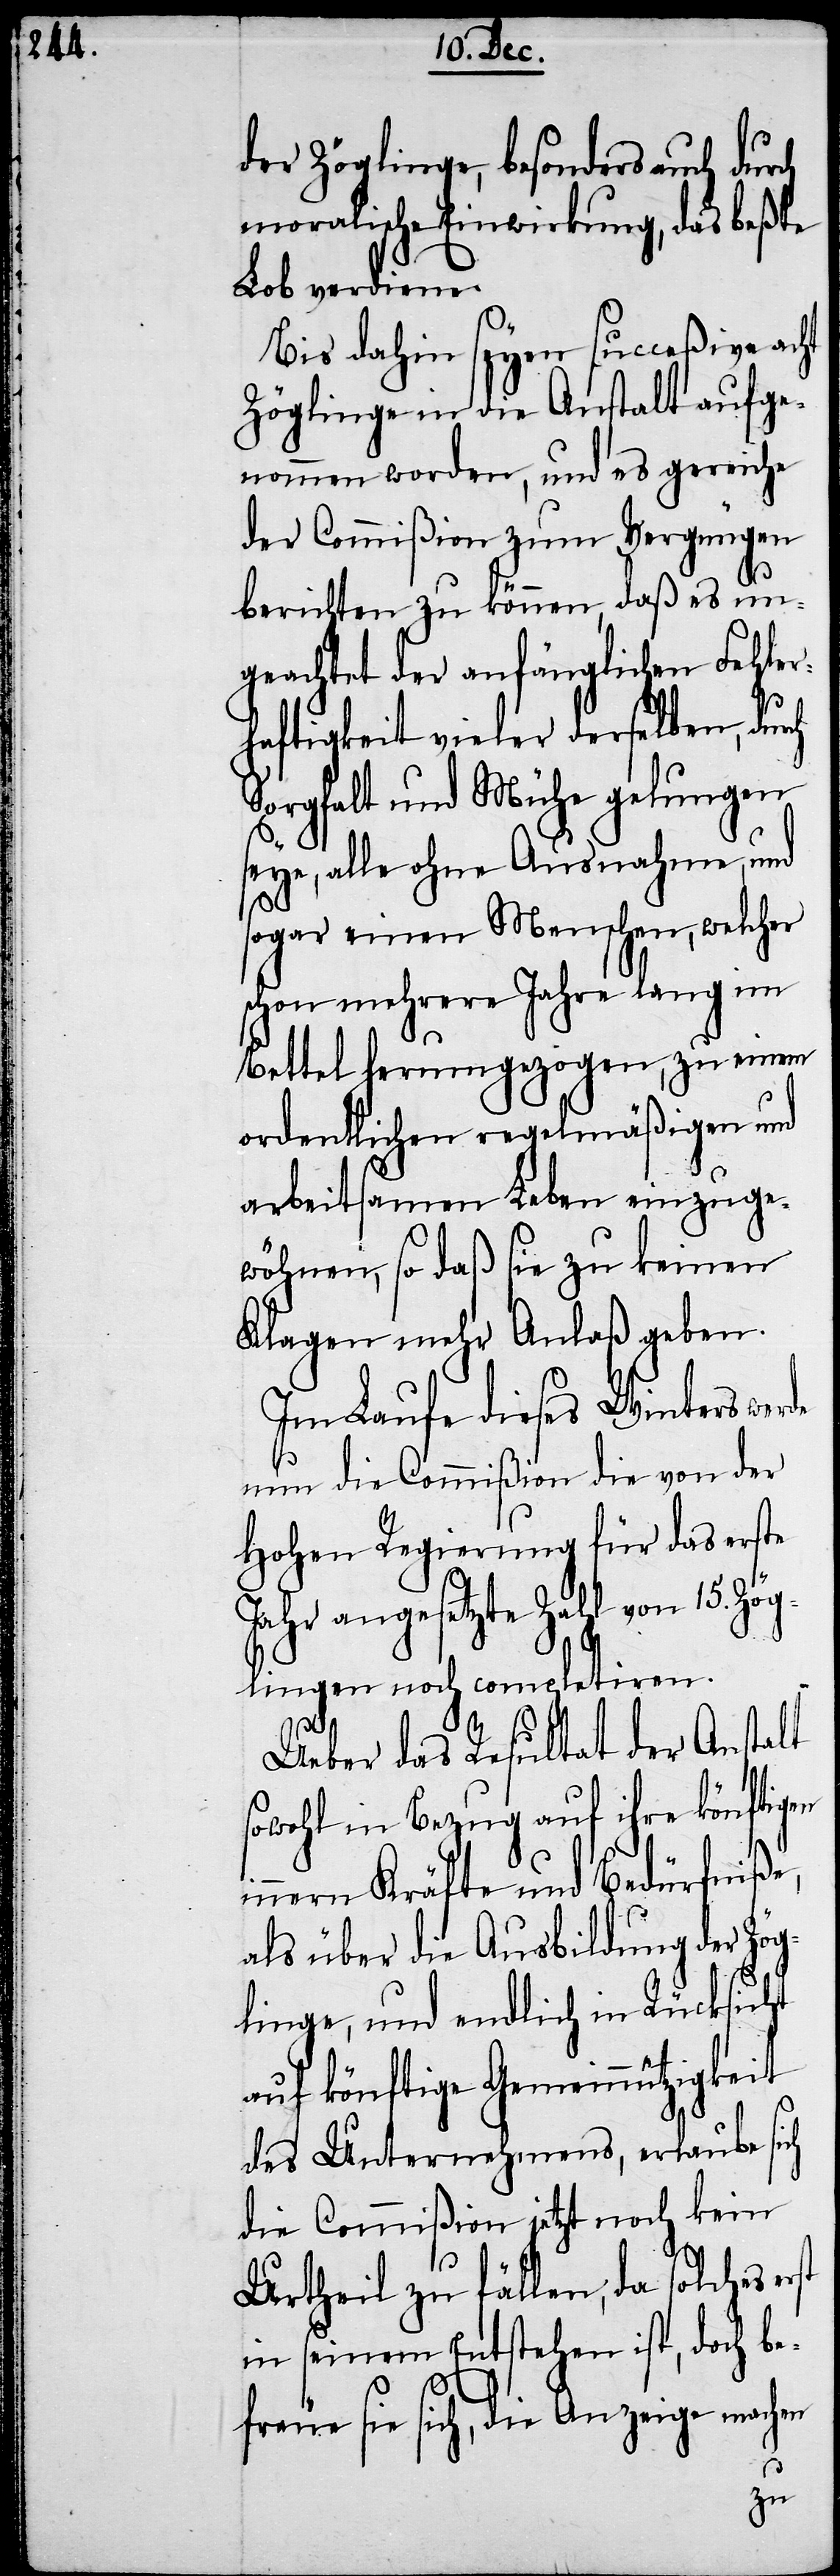
der Zöglinge, besonders auch durch
moralische Einwirkung, das beßte
Lob verdiene.
Bis dahin seyen succeßive acht
Zöglinge in die Anstalt aufge¬
nommen worden, und es gereiche
der Commißion zum Vergnügen
berichten zu können, daß es un¬
geachtet der anfänglichen Fehler¬
haftigkeit vieler derselben, durch
Sorgfalt und Mühe gelungen
seye, alle ohne Ausnahme, und
sogar einen Menschen, welcher
schon mehrere Jahre lang im
Bettel herumgezogen, zu einem
ordentlichen regelmäßigen und
arbeitsamen Leben einzuge¬
wöhnen, so daß sie zu keinen
Klagen mehr Anlaß geben.
Im Laufe dieses Winters werde
nun die Commißion die von der
Hohen Regierung für das erste
Jahr angesetzte Zahl von 15. Zö¬
glingen noch completiren.
Ueber das Resultat der Anstalt
sowohl in Bezug auf ihre könftigen
innern Kräfte und Bedürfniße,
als über die Ausbildung der Zög¬
linge, und endlich in Rücksicht
auf könftige Gemeinnützigkeit
des Unternehmens, erlaube sich
die Commißion jetzt noch kein
Urtheil zu fällen, da solches
in seinem Entstehen ist, doch be¬
freue sie sich, die Anzeige machen